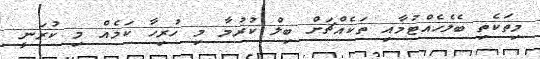
މިތަކެތި ބެލެހެއްޓުމާއި ތަކެއްޗަށް ބިލް ކުރުމާ މި ހުރިހާ ކަމެއް މި ކުރަނީ